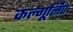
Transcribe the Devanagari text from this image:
कल्गूर्लिए